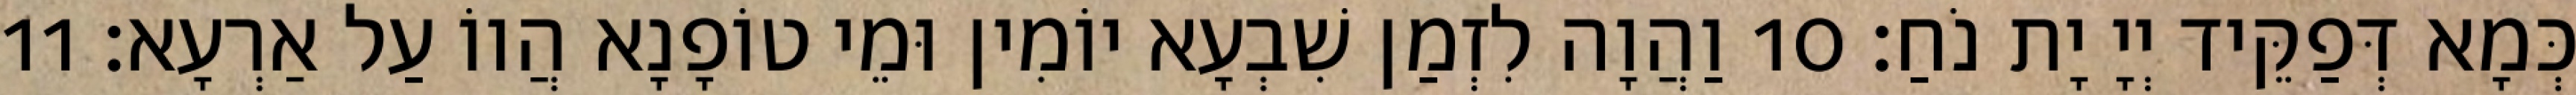
כְּמָא דְּפַקֵּיד יְיָ יָת נֹחַ׃ 10 וַהֲוָה לִזְמַן שִׁבְעָא יוֹמִין וּמֵי טוֹפָנָא הֲווֹ עַל אַרְעָא׃ 11